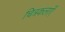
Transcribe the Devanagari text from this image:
चित्रकलाएँ